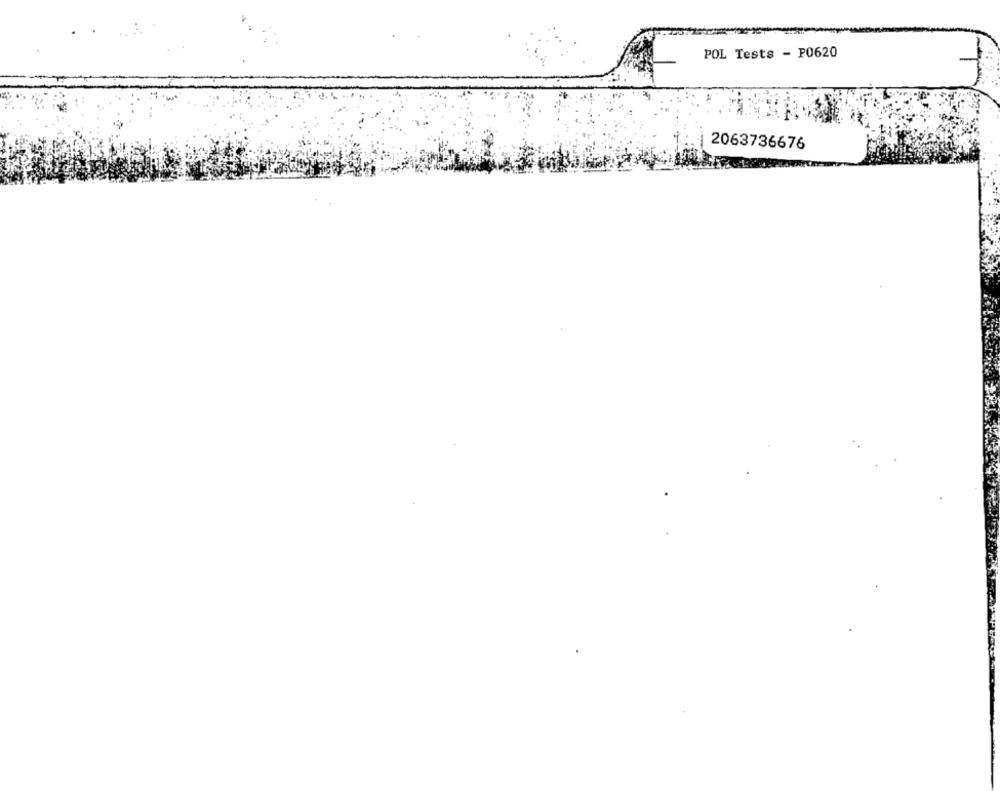
POL Tests - P0620
2063736676